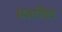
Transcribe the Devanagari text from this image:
प्रतावित